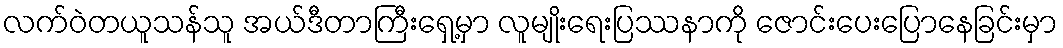
လက်ဝဲတယူသန်သူ အယ်ဒီတာကြီးရှေ့မှာ လူမျိုးရေးပြဿနာကို ဇောင်းပေးပြောနေခြင်းမှာ